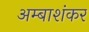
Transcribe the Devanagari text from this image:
अम्बाशंकर